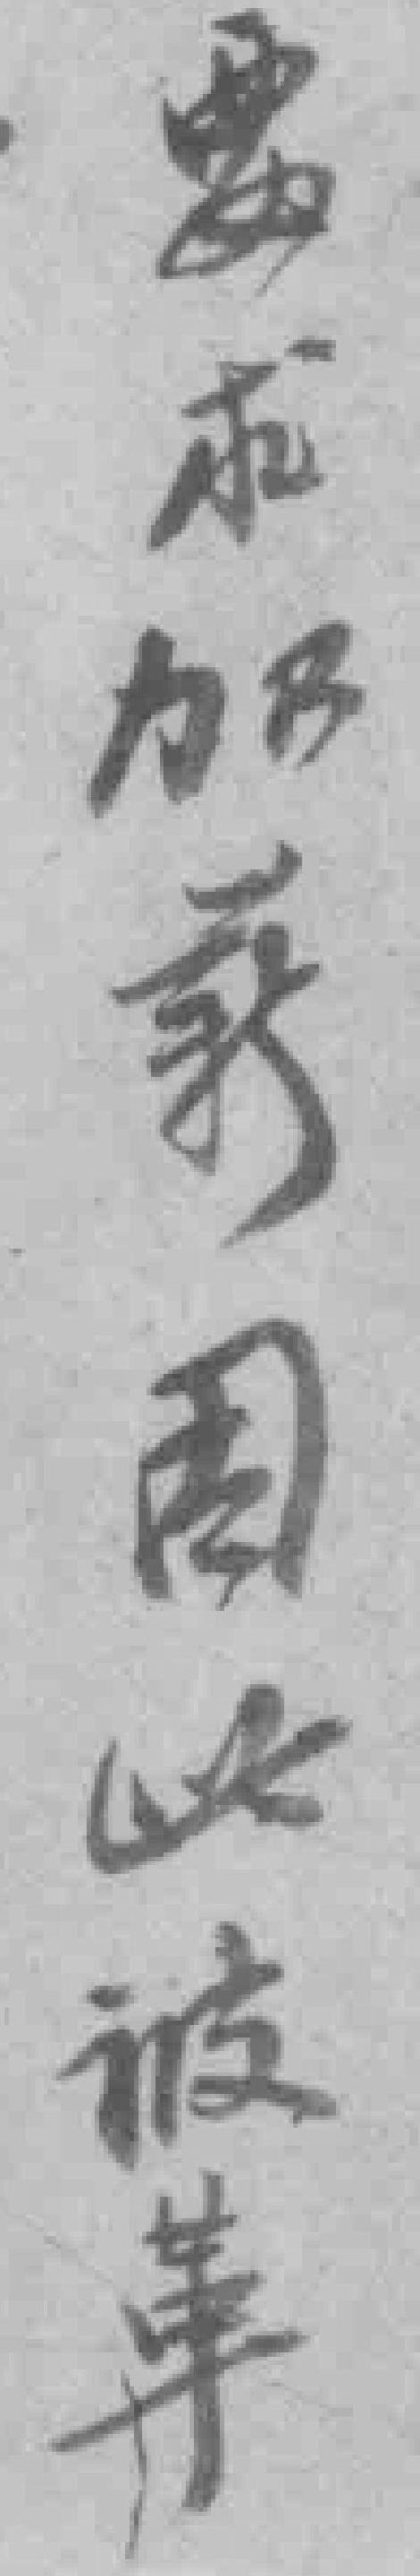
待识别